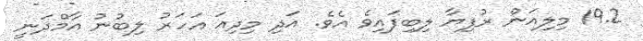
19.2 މިލިއަން ރުފިޔާ ލިބިފައިވެ އެވެ. އަދި މިދިއަ އަހަރު ލިބުނު އާމްދަނީ